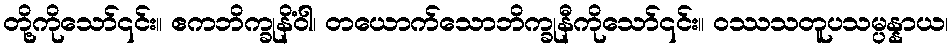
တို့ကိုသော်၎င်း။ ဧကဘိက္ခုနိံဝါ၊ တယောက်သောဘိက္ခုနီကိုသော်၎င်း။ ဝဿသတူပသမ္ပန္နာယ၊